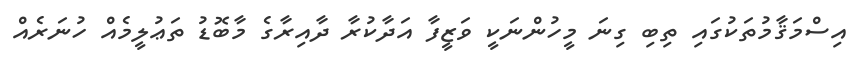
އިސްމަޤާމުތަކުގައި ތިބި ގިނަ މީހުންނަކީ ވަޒީފާ އަދާކުރާ ދާއިރާގެ މާބޮޑު ތަޢުލީމެއް ހުނަރެއް